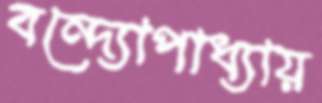
বন্দ্যোপাধ্যায়